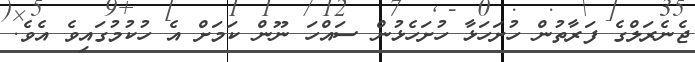
ޖެނެރަލްގެ ފަރާތުން ހުށަހަޅާ ހުށަހެޅުން ސައްހަ ނޫން ކަމަށް އެ ހުކުމުގައިވެ އެވެ.